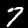
Digit: 7